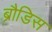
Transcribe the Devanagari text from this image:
ब्रौडिस